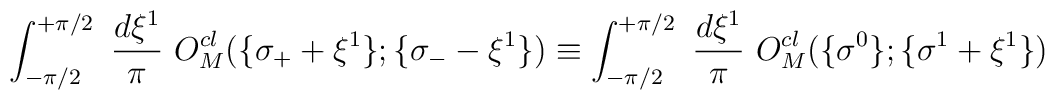
\int_{-\pi/2}^{+\pi/2} ~\frac{d\xi^1}{\pi} ~       O_{M}^{cl}(\{ \sigma_{+} + \xi^1 \}; \{ \sigma_{-} - \xi^1 \} ) \equiv \int_{-\pi/2}^{+\pi/2}~ \frac{d\xi^1}{\pi}~        O_{M}^{cl}(\{ \sigma^{0} \};\{ \sigma^1 + \xi^1 \} )